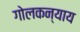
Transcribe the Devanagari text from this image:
गोलकन्याय